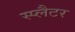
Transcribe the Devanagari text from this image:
स्प्लैटर